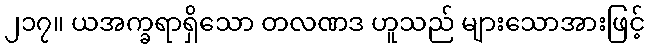
၂၁၇။ ယအက္ခရာရှိသော တလဏဒ ဟူသည် များသောအားဖြင့်